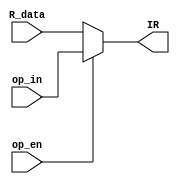
`timescale 1ns / 1ps

module instruction_register(
    input op_en,
    input [15:0] R_data,
    input [15:0] op_in,
    output [15:0] IR
    );
    
    
    assign IR = op_en? op_in : R_data;
    
    always @(IR) begin
            $display("*IR MESSAGE* Loading R_terminal into Controller: %b, OP_enable: %b, OP_in: %h", IR, op_en, op_in);
            $display("*IR MESSAGE* R_DATA CHECK! %h", R_data);
        end

        
endmodule